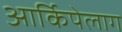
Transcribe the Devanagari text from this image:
आर्किपेलाग